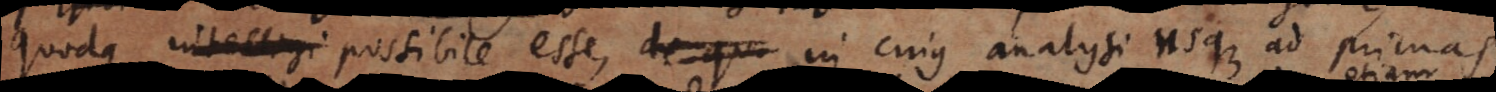
quodque intelligi possibile esse, de qu in cujus analysi usque ad primas